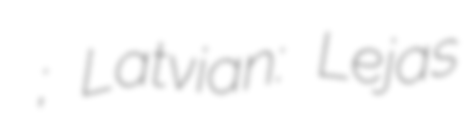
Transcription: Нижняя Буланка; Latvian: Lejas